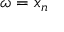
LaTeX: \omega = x _ { n }